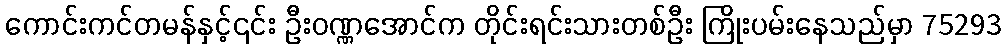
ကောင်းကင်တမန်နှင့်၎င်း ဦးဝဏ္ဏအောင်က တိုင်းရင်းသားတစ်ဦး ကြိုးပမ်းနေသည်မှာ 75293